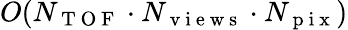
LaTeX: O(N_{\mathrm{~T~O~F~}}\cdot N_{\mathrm{~v~i~e~w~s~}}\cdot N_{\mathrm{~p~i~x~}})